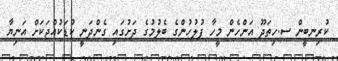
ކުރިނބީން ސ.ހިތަދޫ އަންހެން މީހާ ފުލުހުންގެ ބެލުމުގެ ދަށުގައި ގެންދަނީ ކުޑަކުއްޖަކަށް އަނިޔާ